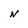
Character: n